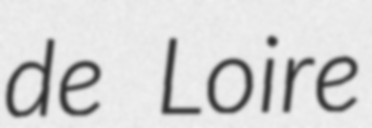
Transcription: de Loire